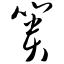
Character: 篑